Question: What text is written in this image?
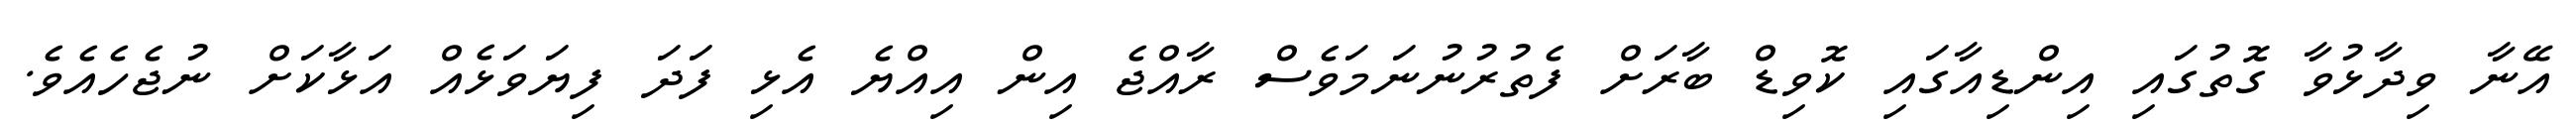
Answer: އޭނާ ވިދާޅުވާ ގޮތުގައި އިންޑިއާގައި ކޮވިޑް ބާރަށް ފެތުރުނުނަމަވެސް ރާއްޖެ އިން އިއްޔެ އެޅި ފަދަ ފިޔަވަޅެއް އަޅާކަށް ނުޖެހެއެވެ.